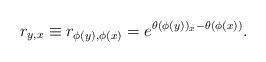
LaTeX: \begin{align*} r_{y,x}\equiv r_{\phi(y),\phi(x)}= e^{\theta(\phi(y))_{x}-\theta(\phi(x))}.\end{align*}